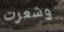
وشعرت